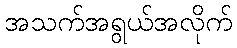
အသက်အရွယ်အလိုက်